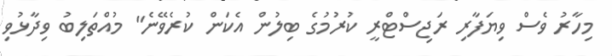
މިހާރު ވެސް ވިޔަފާރި ރަޖިސްޓްރީ ކުރުމުގެ ބިލުން އެކަން ކުރެވޭނެ" މުއްތަލިބު ވިދާޅުވި